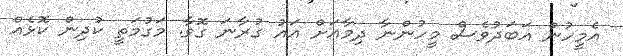
އެމީހުން އަބަދުވެސް މީހުންނާ ދިމާއަށް އައު ގުރާނަ ގޮވާ. މަގުމަތީ ކުދިން ކޮޅެއް